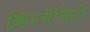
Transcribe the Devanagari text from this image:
क्रिस्चैनिटी